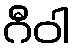
ဂီဝါ